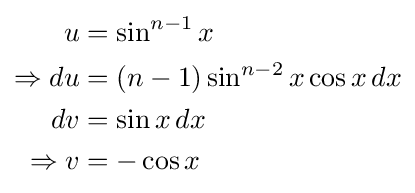
{\begin{aligned}u&=\sin ^{n-1}x\\\Rightarrow du&=(n-1)\sin ^{n-2}x\cos x\,dx\\dv&=\sin x\,dx\\\Rightarrow v&=-\cos x\end{aligned}}